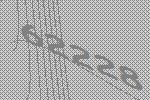
62228